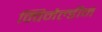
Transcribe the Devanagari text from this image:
क्विनैल्डीन